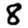
Digit: 8